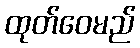
ထုတ်ဝေမည်